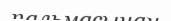
пальмасынан